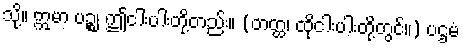
သို့။ ဣမာ ပဉ္စ၊ ဤငါးပါးတို့တည်း။ (တတ္ထ၊ ထိုငါးပါးတို့တွင်။) ပဌမံ